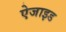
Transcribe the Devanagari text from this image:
ऐजाइड